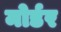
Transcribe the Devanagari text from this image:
मोर्डर